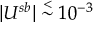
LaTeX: \vert U ^ { s b } \vert \stackrel { < } { \sim } 1 0 ^ { - 3 }